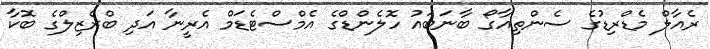
ރެއާލް މެޑްރިޑުގެ ސެންތިއާގޯ ބާނަބައު ހޮލެންޑްގެ އެމްސްޓެޑަމް އެރީނާ އަދި ބްރެޒިލްގެ ބޮކާ